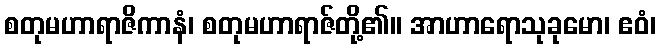
စတုမဟာရာဇိကာနံ၊ စတုမဟာရာဇ်တို့၏။ အာဟာရောသုခုမော၊ ဧဝံ၊